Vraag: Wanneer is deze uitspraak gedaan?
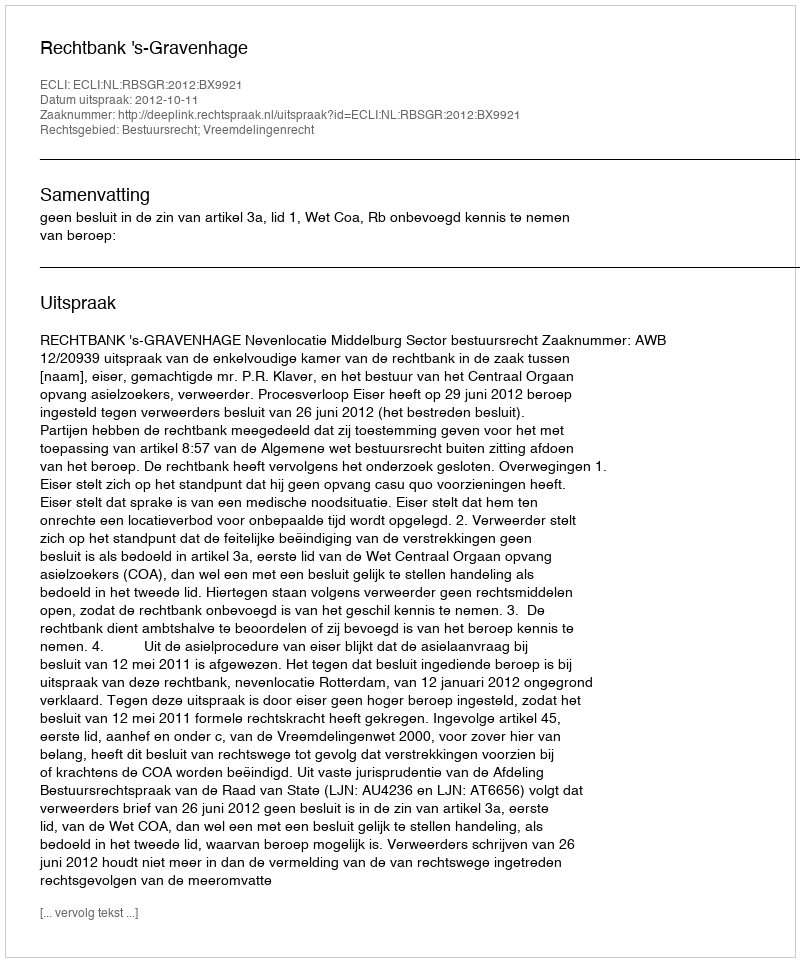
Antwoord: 2012-10-11